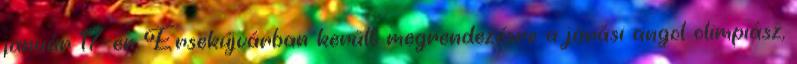
január 17-én Érsekújvárban került megrendezésre a járási angol olimpiász,